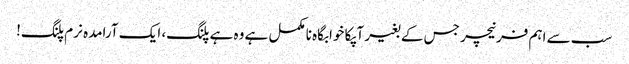
سب سے اہم فرنیچر جس کے بغیر آپکا خوابگاہ نامکمل ہے وہ ہے پلنگ، ایک آرامدہ نرم پلنگ!